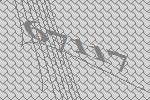
67117